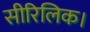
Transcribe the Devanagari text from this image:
सीरिलिक।